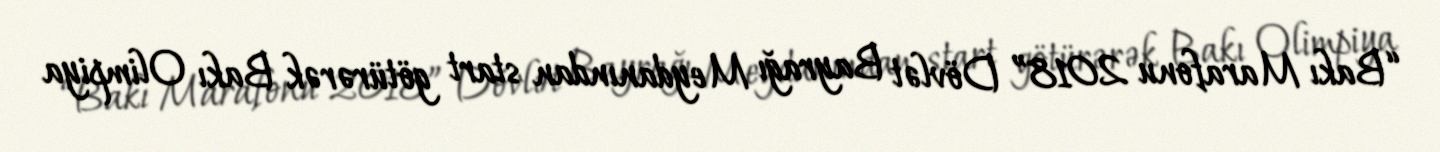
“Bakı Marafonu 2018” Dövlət Bayrağı Meydanından start götürərək Bakı Olimpiya